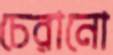
চেরানো